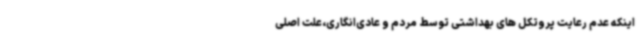
اینکه عدم رعایت پروتکل های بهداشتی توسط مردم و عادی‌انگاری،علت اصلی